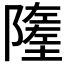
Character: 𨼰